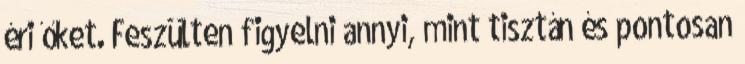
éri őket. Feszülten figyelni annyi, mint tisztán és pontosan